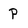
Character: P